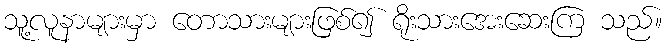
သူ့လူနာများမှာ တောသားများဖြစ်၍ ရိုးသားအေးဆေးကြ သည်။